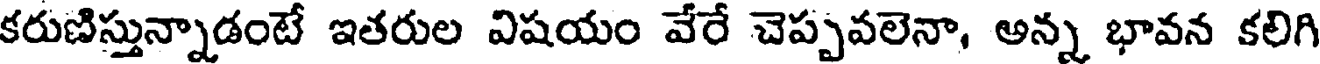
కరుణిస్తున్నాడంటే ఇతరుల విషయం వేరే చెప్పవలెనా, అన్న భావన కలిగి